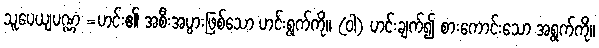
သူပေယျပဏ္ဏံ =ဟင်း၏ အစီးအပွားဖြစ်သော ဟင်းရွက်ကို။ (ဝါ) ဟင်းချက်၍ စားကောင်းသော အရွက်ကို။